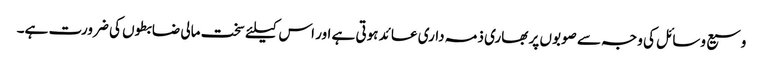
وسیع وسائل کی وجہ سے صوبوں پر بھاری ذمہ داری عائد ہوتی ہے اور اس کیلئے سخت مالی ضابطوں کی ضرورت ہے۔